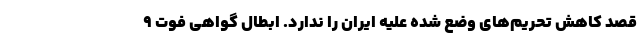
قصد کاهش تحریم‌های وضع شده علیه ایران را ندارد. ابطال گواهی فوت ۹